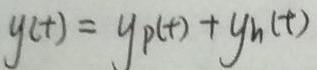
\[ y(t) = y_p(t) + y_h(t) \]